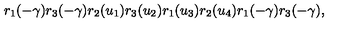
r _ { 1 } ( - \gamma ) r _ { 3 } ( - \gamma ) r _ { 2 } ( u _ { 1 } ) r _ { 3 } ( u _ { 2 } ) r _ { 1 } ( u _ { 3 } ) r _ { 2 } ( u _ { 4 } ) r _ { 1 } ( - \gamma ) r _ { 3 } ( - \gamma ) ,